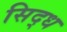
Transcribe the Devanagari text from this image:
सिद्‌ध